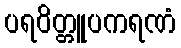
ပရဝိတ္တူပကရဏံ